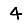
Digit: 4